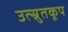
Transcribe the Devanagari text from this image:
उत्स्रुतकूप